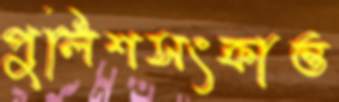
পুলিশসংক্রান্ত